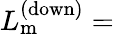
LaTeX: L_{\mathrm{m}}^{\mathrm{(down)}}=